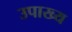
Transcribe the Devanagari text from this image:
उपाख्‍य